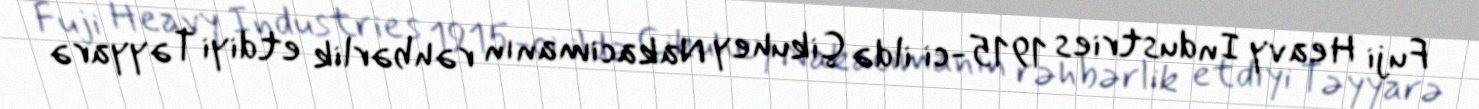
Fuji Heavy Industries 1915-ci ildə Çikuhey Nakacimanın rəhbərlik etdiyi Təyyarə